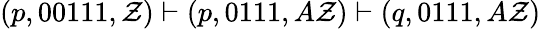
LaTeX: (p,00111,\mathcal{Z})\vdash(p,0111,A\mathcal{Z})\vdash(q,0111,A\mathcal{Z})